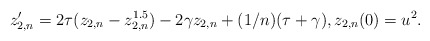
\begin{align*}z_{2,n}'=2\tau(z_{2,n}-z_{2,n}^{1.5})-2\gamma z_{2,n}+(1/n)(\tau+\gamma),z_{2,n}(0)=u^2.\end{align*}